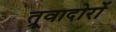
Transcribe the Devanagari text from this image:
त्रूवादोरों